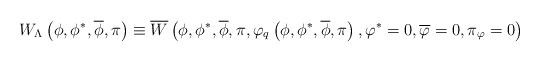
LaTeX: \begin{align*}W_{\Lambda }\left( \phi ,\phi ^{*},\overline{\phi},\pi\right) \equiv \overline{W}\left( \phi,\phi ^{*},\overline{\phi},\pi,\varphi _{q}\left(\phi,\phi^{*},\overline{\phi},\pi\right),\varphi ^{*}=0,\overline{\varphi}=0,\pi_{\varphi}=0\right) \end{align*}